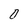
Character: 0